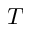
T